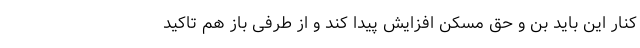
کنار این باید بن و حق مسکن افزایش پیدا کند و از طرفی باز هم تاکید